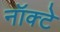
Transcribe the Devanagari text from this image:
नॉक्टे